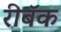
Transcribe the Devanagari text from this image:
रीबॅक